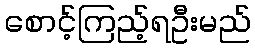
စောင့်ကြည့်ရဦးမည်